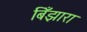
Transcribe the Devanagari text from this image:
बिँझारा